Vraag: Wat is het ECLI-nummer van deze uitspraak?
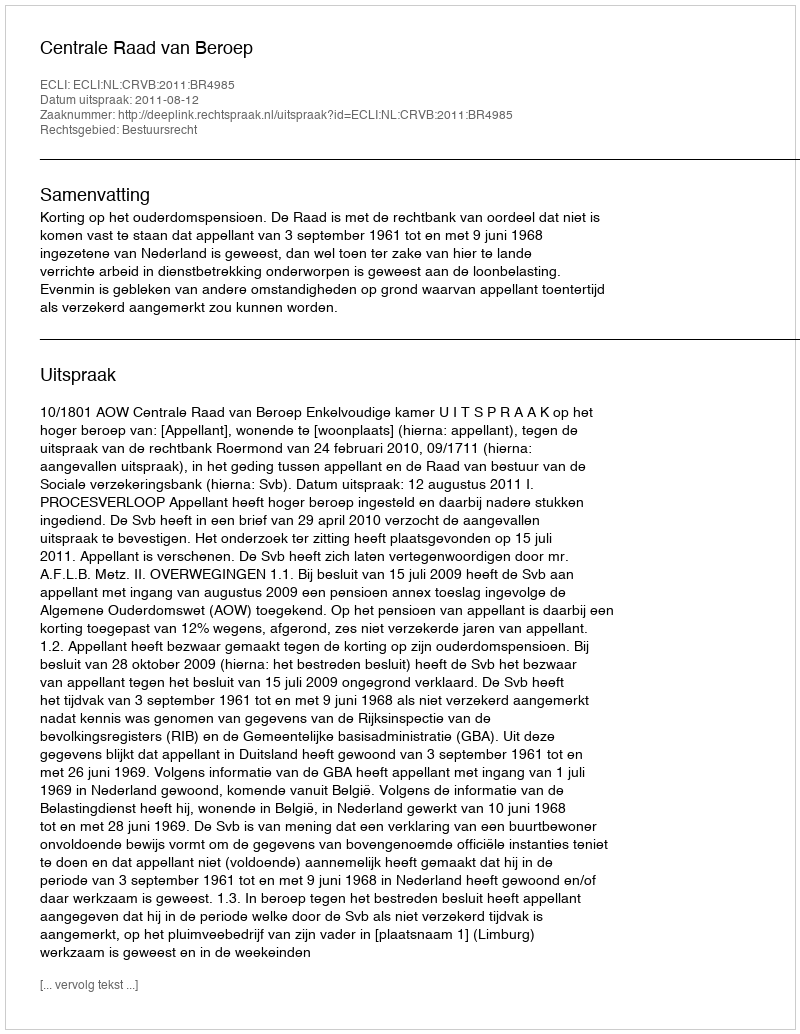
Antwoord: ECLI:NL:CRVB:2011:BR4985